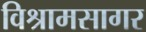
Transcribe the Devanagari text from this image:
विश्रामसागर